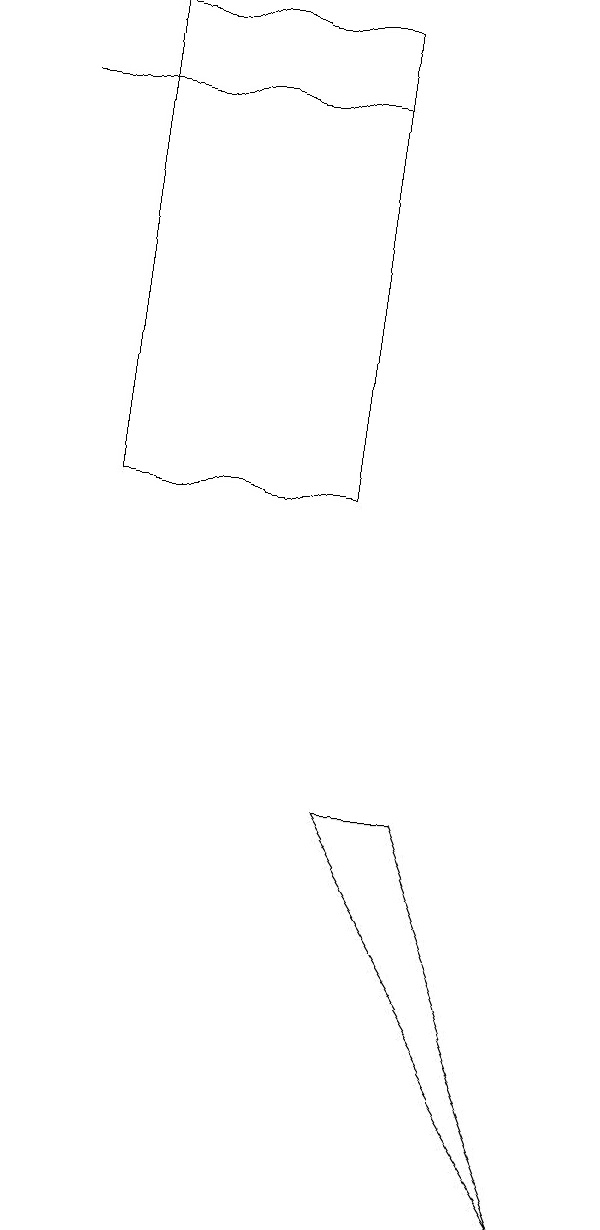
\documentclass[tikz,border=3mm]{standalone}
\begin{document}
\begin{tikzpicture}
\draw (5,9) -- (4,9) -- (7,4) -- cycle;
\draw (1,13) rectangle (4,19);
\draw (4,18) rectangle (0,18);
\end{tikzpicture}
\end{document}